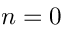
n = 0